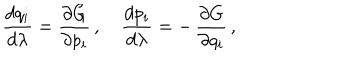
{ \frac { d q _ { i } } { d \lambda } } = { \frac { \partial G } { \partial p _ { i } } } \, , \quad { \frac { d p _ { i } } { d \lambda } } = - \, { \frac { \partial G } { \partial q _ { i } } } \, ,